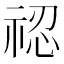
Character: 𥚆